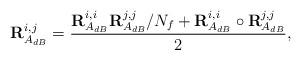
LaTeX: \begin{align*} \mathbf{R}_{A_{dB}}^{i,j}=\frac{\mathbf{R}_{A_{dB}}^{i,i}\mathbf{R}_{A_{dB}}^{j,j}/N_f+\mathbf{R}_{A_{dB}}^{i,i}\circ\mathbf{R}_{A_{dB}}^{j,j}}{2},\end{align*}